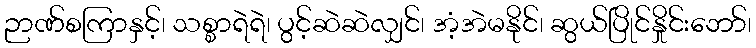
ဉာဏ်စကြာနှင့်၊ သစ္စာရဲရဲ၊ ပွင့်ဆဲဆဲလျှင်၊ အံ့အဲမနိုင်၊ ဆွယ်ပြိုင်နှိုင်းဘော်၊